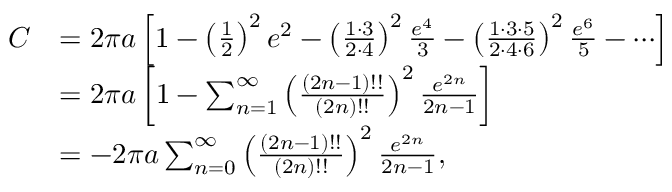
{ \begin{array} { r l } { C } & { = 2 \pi a \left[ { 1 - \left( { \frac { 1 } { 2 } } \right) ^ { 2 } e ^ { 2 } - \left( { \frac { 1 \cdot 3 } { 2 \cdot 4 } } \right) ^ { 2 } { \frac { e ^ { 4 } } { 3 } } - \left( { \frac { 1 \cdot 3 \cdot 5 } { 2 \cdot 4 \cdot 6 } } \right) ^ { 2 } { \frac { e ^ { 6 } } { 5 } } - \cdots } \right] } \\ & { = 2 \pi a \left[ 1 - \sum _ { n = 1 } ^ { \infty } \left( { \frac { ( 2 n - 1 ) ! ! } { ( 2 n ) ! ! } } \right) ^ { 2 } { \frac { e ^ { 2 n } } { 2 n - 1 } } \right] } \\ & { = - 2 \pi a \sum _ { n = 0 } ^ { \infty } \left( { \frac { ( 2 n - 1 ) ! ! } { ( 2 n ) ! ! } } \right) ^ { 2 } { \frac { e ^ { 2 n } } { 2 n - 1 } } , } \end{array} }